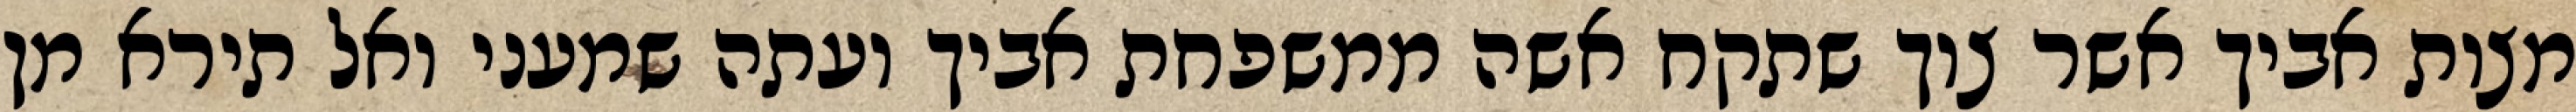
מצות אביך אשר צוך שתקח אשה ממשפחת אביך ועתה שמעני ואל תירא מן